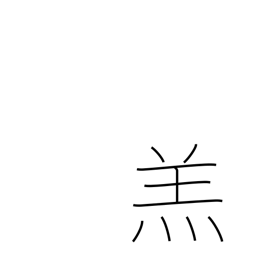
Meaning: lamb